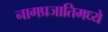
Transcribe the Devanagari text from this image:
नागप्रजातिमध्ये